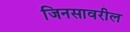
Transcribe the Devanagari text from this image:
जिनसावरील